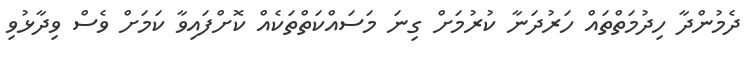
ދެމުންދާ ހިދުމަތްތައް ހަރުދަނާ ކުރުމަށް ގިނަ މަސައްކަތްތަކެއް ކޮށްފައިވާ ކަމަށް ވެސް ވިދާޅުވި